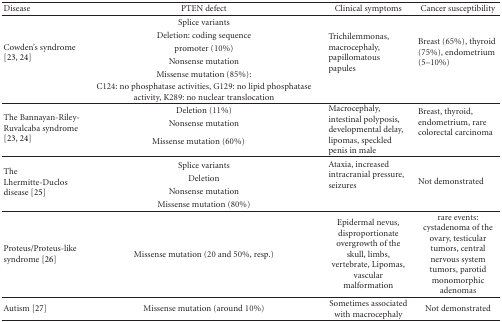
<table><thead><tr><td><b>Disease</b></td><td><b>PTEN defect</b></td><td><b>Clinical symptoms</b></td><td><b>Cancer susceptibility</b></td></tr></thead><tbody><tr><td rowspan="6">Cowden&#x27;s syndrome [23, 24]</td><td>Splice variants</td><td rowspan="6">Trichilemmonas, macrocephaly, papillomatous papules</td><td rowspan="6">Breast (65%), thyroid (75%), endometrium (5–10%)</td></tr><tr><td>Deletion: coding sequence</td></tr><tr><td>promoter (10%)</td></tr><tr><td>Nonsense mutation</td></tr><tr><td>Missense mutation (85%):</td></tr><tr><td>C124: no phosphatase activities, G129: no lipid phosphatase activity, K289: no nuclear translocation</td></tr><tr><td rowspan="4">The Bannayan-Riley-Ruvalcaba syndrome [23, 24]</td><td>Deletion (11%)</td><td rowspan="4">Macrocephaly, intestinal polyposis, developmental delay, lipomas, speckled penis in male</td><td rowspan="3">Breast, thyroid, endometrium, rare colorectal carcinoma</td></tr><tr><td>Nonsense mutation</td></tr><tr><td rowspan="2">Missense mutation (60%)</td></tr><tr><td rowspan="4">The Lhermitte-Duclos disease [25]</td><td>Splice variants</td><td rowspan="4">Ataxia, increased intracranial pressure, seizures</td><td rowspan="4">Not demonstrated</td></tr><tr><td>Deletion</td></tr><tr><td>Nonsense mutation</td></tr><tr><td>Missense mutation (80%)</td></tr><tr><td>Proteus/Proteus-like syndrome [26]</td><td>Missense mutation (20 and 50%, resp.)</td><td>Epidermal nevus, disproportionate overgrowth of the skull, limbs, vertebrate, Lipomas, vascular malformation</td><td>rare events: cystadenoma of the ovary, testicular tumors, central nervous system tumors, parotid monomorphic adenomas</td></tr><tr><td>Autism [27]</td><td>Missense mutation (around 10%)</td><td>Sometimes associated with macrocephaly</td><td>Not demonstrated</td></tr></tbody></table>